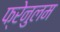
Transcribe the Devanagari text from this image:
फ्रेनुलम